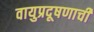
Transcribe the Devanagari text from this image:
वायुप्रदूषणाची